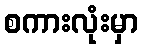
စကားလုံးမှာ